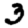
Digit: 3